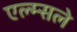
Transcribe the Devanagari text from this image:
एल्म्सले